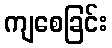
ကျစေခြင်း